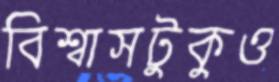
বিশ্বাসটুকুও